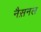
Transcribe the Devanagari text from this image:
नैस़नल